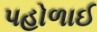
પહોળાઈ